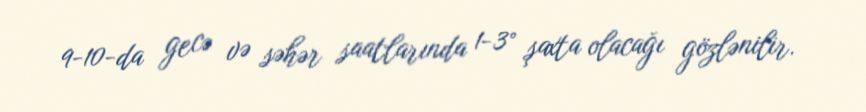
9-10-da gecə və səhər saatlarında 1-3° şaxta olacağı gözlənilir.